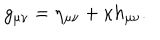
LaTeX: g _ { \mu \nu } = \eta _ { \mu \nu } + \kappa h _ { \mu \nu } .